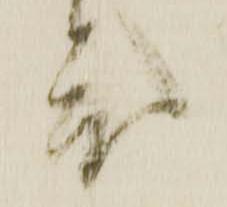
度